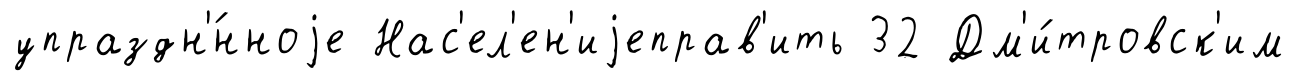
упраздн'́нноjе Нас'ел'ен'иjеправ'ить 32 Дм'и́тровск'им